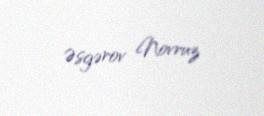
Əsgərov Novruz